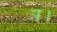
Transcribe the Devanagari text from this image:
ञ।